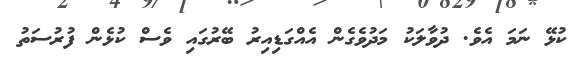
ކުޅޭ ނަމަ އެވެ. ދުވާލަކު މަދުވެގެން އެއްގަޑިއިރު ބޭރުގައި ވެސް ކުޅެން ފުރުސަތު